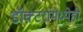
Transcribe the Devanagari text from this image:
डॉक्‍टरांमध्येही